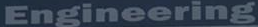
Engineering